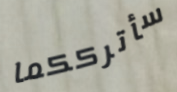
سأترككما